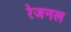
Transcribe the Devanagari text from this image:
रेजनल